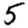
Digit: 5